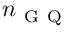
n _ { \mathrm { ~ G ~ Q ~ } }